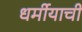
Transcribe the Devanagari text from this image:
धर्मीयाची